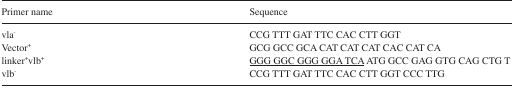
<table><thead><tr><td><b>Primer name</b></td><td><b>Sequence</b></td></tr></thead><tbody><tr><td>vla<sup>−</sup></td><td>CCG TTT GAT TTC CAC CTT GGT</td></tr><tr><td>Vector<sup>+</sup></td><td>GCG GCC GCA CAT CAT CAT CAC CAT CA</td></tr><tr><td>linker<sup>+</sup>vlb<sup>+</sup></td><td><underline>GGG GGC GGG GGA TCA</underline> ATG GCC GAG GTG CAG CTG T</td></tr><tr><td>vlb<sup>−</sup></td><td>CCG TTT GAT TTC CAC CTT GGT CCC TTG</td></tr></tbody></table>